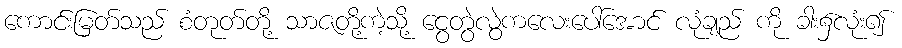
ကောင်းမြတ်သည် စံတုတ်တို့ သာဇတို့ကဲ့သို့ ငွေတွဲလွဲကလေးပေါ်အောင် လုံချည် ကို ခါး၌လုံး၍